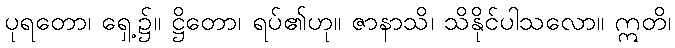
ပုရတော၊ ရှေ့၌။ ဋ္ဌိတော၊ ရပ်၏ဟု။ ဇာနာသိ၊ သိနိုင်ပါသလော။ ဣတိ၊